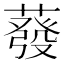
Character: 蕟